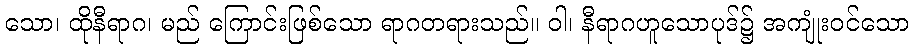
သော၊ ထိုနီရာဂ၊ မည် ကြောင်းဖြစ်သော ရာဂတရားသည်။ ဝါ၊ နီရာဂဟူသောပုဒ်၌ အကျုံးဝင်သော